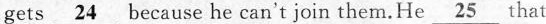
gets \underline{24} because he can't join them. He \underline{25} that